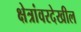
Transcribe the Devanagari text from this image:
क्षेत्रांवरदेखील